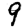
Digit: 9